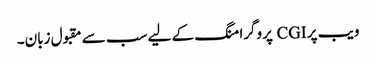
ویب پر CGI پروگرامنگ کے لیے سب سے مقبول زبان۔